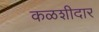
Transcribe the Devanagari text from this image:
कळशीदार